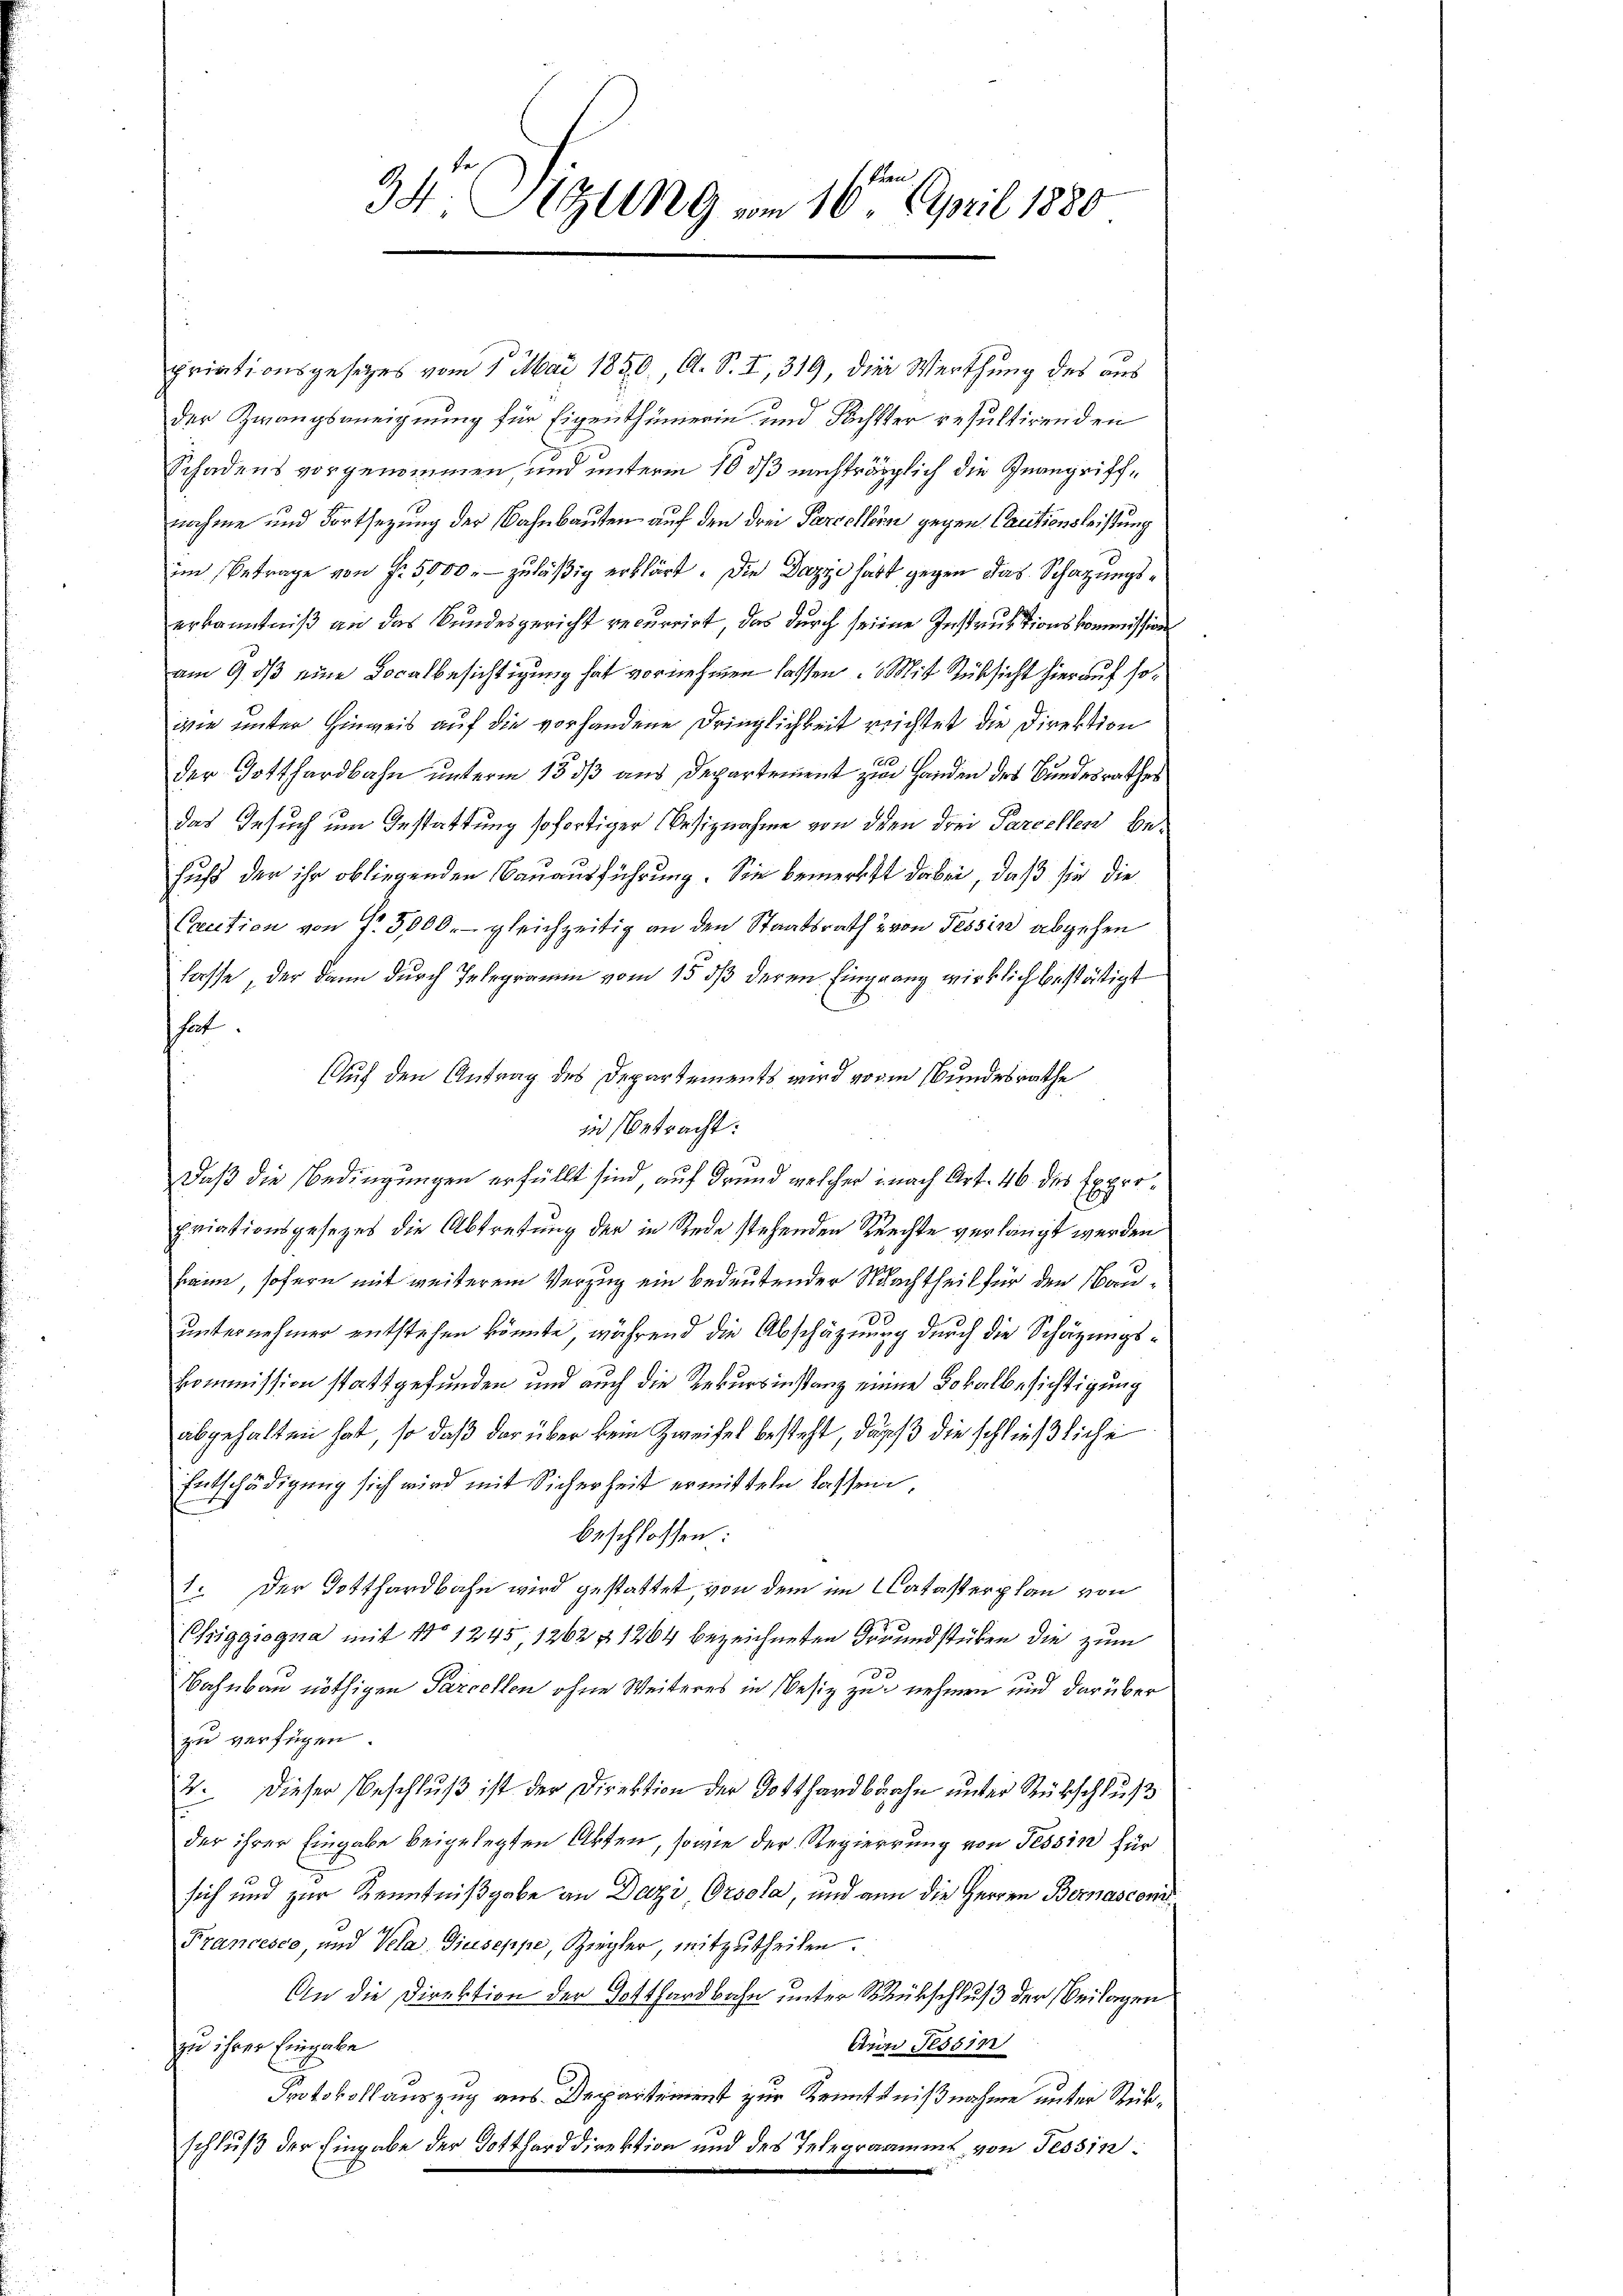
priationsgesetzes vom 1. Mai 1850, A. S. I, 319, die Werthung des aus
der Zwangsaneignung für Eigenthümerin und Fächster resultirenden
Schadens vorgenommen und unterm 10 dß nachträglich die Inangriffnahme und Fortsetzung der Bahnbauten auf den drei Parceller gegen Cautionsleistung
im Betrage von Fr. 5000. zuläßig erklärt. Die Dazzi hatt gegen das Schatzungserkanntniß an das Bundesgericht recurrirt, das durch seine Instruktionskommission
am 9. ds eine Localbesichtigung hat vornehmen lassen. Mit Rücksicht hierauf sowie unter Hinweis auf die vorhandene Dringlichkeit richtet die Direktion
der Gotthardbahn unterm 15. dß aus Departement zur Handen des Bundesrathes
das Gesuch um Gestattung sofortiger Besiznahme von den drei Parcellen be¬
Fuß der ihr obliegenden Bauausführung. Sie bemerkst dabei, daß sie die
Cretion von f. 3000.- gleichzeitig an den Staatsrath u von Tessin abgehen
lasse, der dann durch Telegramm vom 15. dβ deren Eingrang wirklich bestätigt
hut.
Auf den Antrag des Departements wird von Bundesrathe
Daß die Bedingungen erfüllt sind, auf Grund welcher nach Art. 46 des Expropriationsgesetzes die Abtretung der in Rede stehenden Rechte verlangt werden
heim, sofern mit weiterem Verzug ein bedeutender Nachtheil für den Bauunternehmer entstehen könnte, während die Abschäznung durch die Schäzungskommission stattgefunden und auch die Rekursinstanz einne Lokalbesichtigung
abgehalten hat, so daß der über kein Zweifel besteht, dass die schließliche
Entschädigung sich wird mit Sicherheit ermitteln lassen,
beschlossen:
1. Der Totthardbahn wird gestattet, von dem im Catasterplan von
Chiggiogna mit 11 1245, 1262 & 1264 bezeichneten Freundstücken die zum
Bahnbau nöthigen Parcellen ohne Weiteres in Besitz zu nehmen und darüber
zu verfügen.
2. Dieser Beschluß ist der Direktion der Gotthardbahn unter Rückschluß
der ihrer Eingabe beigelegten Akten, sowie der Regierung von Tessin für
sich und zur Kenntnißgabe an Dazi, Orsola, und an die Herren Bernasconi
Francesco, und Vela Giuseppe, Ziegler, mitzutheilen.
An die Direktion der Gotthardbahn unter Rückschluß der Beilagen
Ain Tessin
zu ihrer Eingabe
Protokollauszug aus Departement zur Kenntnißnahme unter Rükschluß der Eingabe der Gottharddirektion und des Telegraamms von Tessin:

34 Sizung vom 16ten April 1880

in Betracht: